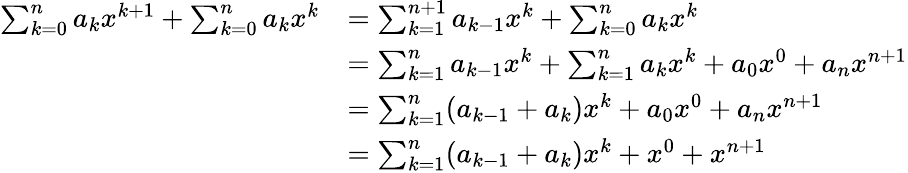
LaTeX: {\begin{array}{rl}{\sum_{k=0}^{n}a_{k}x^{k+1}+\sum_{k=0}^{n}a_{k}x^{k}}&{=\sum_{k=1}^{n+1}a_{k-1}x^{k}+\sum_{k=0}^{n}a_{k}x^{k}}\\ &{=\sum_{k=1}^{n}a_{k-1}x^{k}+\sum_{k=1}^{n}a_{k}x^{k}+a_{0}x^{0}+a_{n}x^{n+1}}\\ &{=\sum_{k=1}^{n}(a_{k-1}+a_{k})x^{k}+a_{0}x^{0}+a_{n}x^{n+1}}\\ &{=\sum_{k=1}^{n}(a_{k-1}+a_{k})x^{k}+x^{0}+x^{n+1}}\end{array}}